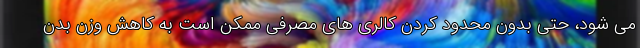
می شود، حتی بدون محدود کردن کالری های مصرفی ممکن است به کاهش وزن بدن